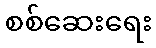
စစ်ဆေးရေး